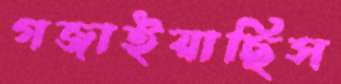
গজাইয়াছিস